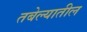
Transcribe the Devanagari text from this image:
तबेल्यातील